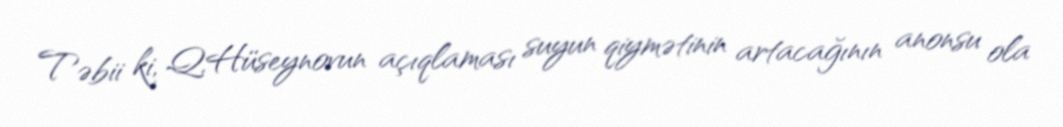
Təbii ki, Q.Hüseynovun açıqlaması suyun qiymətinin artacağının anonsu ola